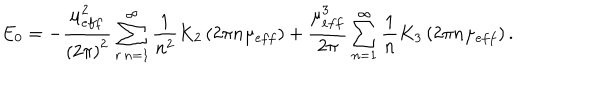
E _ { 0 } = - \frac { \mu _ { e f f } ^ { 2 } } { \left( 2 \pi \right) ^ { 2 } } \sum _ { r \, n = 1 } ^ { \infty } \frac { 1 } { n ^ { 2 } } K _ { 2 } \left( 2 \pi n \mu _ { e f f } \right) + \frac { \mu _ { e f f } ^ { 3 } } { 2 \pi } \sum _ { n = 1 } ^ { \infty } \frac { 1 } { n } K _ { 3 } \left( 2 \pi n \mu _ { e f f } \right) .